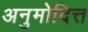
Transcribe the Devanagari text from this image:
अनुमोदित्त